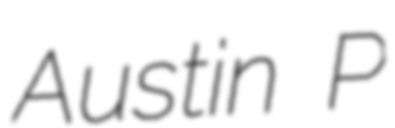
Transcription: Austin P